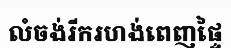
លំចង់រីករហង់ពេញផ្ទៃ